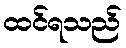
ထင်ရသည်